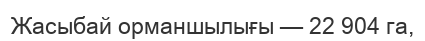
Жасыбай орманшылығы — 22 904 га,